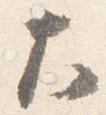
大